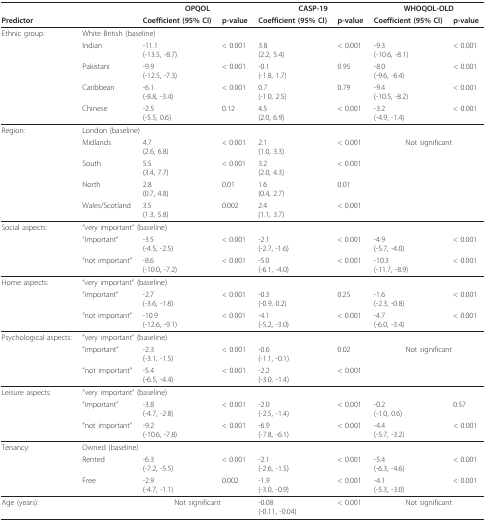
<table><thead><tr><td></td><td></td><td colspan="2"><b>OPQOL</b></td><td colspan="2"><b>CASP-19</b></td><td colspan="2"><b>WHOQOL-OLD</b></td></tr><tr><td><b>Predictor</b></td><td></td><td><b>Coefficient (95% CI)</b></td><td><b>p-value</b></td><td><b>Coefficient (95% CI)</b></td><td><b>p-value</b></td><td><b>Coefficient (95% CI)</b></td><td><b>p-value</b></td></tr></thead><tbody><tr><td>Ethnic group:</td><td colspan="7">White British (baseline)</td></tr><tr><td></td><td>Indian</td><td>-11.1(-13.5, -8.7)</td><td>&lt; 0.001</td><td>3.8(2.2, 5.4)</td><td>&lt; 0.001</td><td>-9.3(-10.6, -8.1)</td><td>&lt; 0.001</td></tr><tr><td></td><td>Pakistani</td><td>-9.9(-12.5, -7.3)</td><td>&lt; 0.001</td><td>-0.1(-1.8, 1.7)</td><td>0.95</td><td>-8.0(-9.6, -6.4)</td><td>&lt; 0.001</td></tr><tr><td></td><td>Caribbean</td><td>-6.1(-8.8, -3.4)</td><td>&lt; 0.001</td><td>0.7(-1.0, 2.5)</td><td>0.79</td><td>-9.4(-10.5, -8.2)</td><td>&lt; 0.001</td></tr><tr><td></td><td>Chinese</td><td>-2.5(-5.5, 0.6)</td><td>0.12</td><td>4.5(2.0, 6.9)</td><td>&lt; 0.001</td><td>-3.2(-4.9, -1.4)</td><td>&lt; 0.001</td></tr><tr><td>Region:</td><td colspan="7">London (baseline)</td></tr><tr><td></td><td>Midlands</td><td>4.7(2.6, 6.8)</td><td>&lt; 0.001</td><td>2.1(1.0, 3.3)</td><td>&lt; 0.001</td><td colspan="2">Not significant</td></tr><tr><td></td><td>South</td><td>5.5(3.4, 7.7)</td><td>&lt; 0.001</td><td>3.2(2.0, 4.3)</td><td>&lt; 0.001</td><td></td><td></td></tr><tr><td></td><td>North</td><td>2.8(0.7, 4.8)</td><td>0.01</td><td>1.6(0.4, 2.7)</td><td>0.01</td><td></td><td></td></tr><tr><td></td><td>Wales/Scotland</td><td>3.5(1.3, 5.8)</td><td>0.002</td><td>2.4(1.1, 3.7)</td><td>&lt; 0.001</td><td></td><td></td></tr><tr><td>Social aspects:</td><td colspan="7">&quot;very important&quot; (baseline)</td></tr><tr><td></td><td>&quot;important&quot;</td><td>-3.5(-4.5, -2.5)</td><td>&lt; 0.001</td><td>-2.1(-2.7, -1.6)</td><td>&lt; 0.001</td><td>-4.9(-5.7, -4.0)</td><td>&lt; 0.001</td></tr><tr><td></td><td>&quot;not important&quot;</td><td>-8.6(-10.0, -7.2)</td><td>&lt; 0.001</td><td>-5.0(-6.1, -4.0)</td><td>&lt; 0.001</td><td>-10.3(-11.7, -8.9)</td><td>&lt; 0.001</td></tr><tr><td>Home aspects:</td><td colspan="7">&quot;very important&quot; (baseline)</td></tr><tr><td></td><td>&quot;important&quot;</td><td>-2.7(-3.6, -1.8)</td><td>&lt; 0.001</td><td>-0.3(-0.9, 0.2)</td><td>0.25</td><td>-1.6(-2.3, -0.8)</td><td>&lt; 0.001</td></tr><tr><td></td><td>&quot;not important&quot;</td><td>-10.9(-12.6, -9.1)</td><td>&lt; 0.001</td><td>-4.1(-5.2, -3.0)</td><td>&lt; 0.001</td><td>-4.7(-6.0, -3.4)</td><td>&lt; 0.001</td></tr><tr><td>Psychological aspects:</td><td colspan="7">&quot;very important&quot; (baseline)</td></tr><tr><td></td><td>&quot;important&quot;</td><td>-2.3(-3.1, -1.5)</td><td>&lt; 0.001</td><td>-0.6(-1.1, -0.1)</td><td>0.02</td><td colspan="2">Not significant</td></tr><tr><td></td><td>&quot;not important&quot;</td><td>-5.4(-6.5, -4.4)</td><td>&lt; 0.001</td><td>-2.2(-3.0, -1.4)</td><td>&lt; 0.001</td><td></td><td></td></tr><tr><td>Leisure aspects:</td><td colspan="7">&quot;very important&quot; (baseline)</td></tr><tr><td></td><td>&quot;important&quot;</td><td>-3.8(-4.7, -2.8)</td><td>&lt; 0.001</td><td>-2.0(-2.5, -1.4)</td><td>&lt; 0.001</td><td>-0.2(-1.0, 0.6)</td><td>0.57</td></tr><tr><td></td><td>&quot;not important&quot;</td><td>-9.2(-10.6, -7.8)</td><td>&lt; 0.001</td><td>-6.9(-7.8, -6.1)</td><td>&lt; 0.001</td><td>-4.4(-5.7, -3.2)</td><td>&lt; 0.001</td></tr><tr><td>Tenancy:</td><td colspan="7">Owned (baseline)</td></tr><tr><td></td><td>Rented</td><td>-6.3(-7.2, -5.5)</td><td>&lt; 0.001</td><td>-2.1(-2.6, -1.5)</td><td>&lt; 0.001</td><td>-5.4(-6.3, -4.6)</td><td>&lt; 0.001</td></tr><tr><td></td><td>Free</td><td>-2.9(-4.7, -1.1)</td><td>0.002</td><td>-1.9(-3.0, -0.9)</td><td>&lt; 0.001</td><td>-4.1(-5.3, -3.0)</td><td>&lt; 0.001</td></tr><tr><td>Age (years):</td><td></td><td colspan="2">Not significant</td><td>-0.08(-0.11, -0.04)</td><td>&lt; 0.001</td><td colspan="2">Not significant</td></tr></tbody></table>